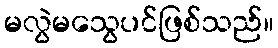
မလွဲမသွေပင်ဖြစ်သည်။